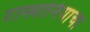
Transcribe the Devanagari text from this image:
टास्मानियाचा